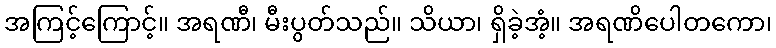
အကြင့်ကြောင့်။ အရဏီ၊ မီးပွတ်သည်။ သိယာ၊ ရှိခဲ့အံ့။ အရဏိပေါတကော၊